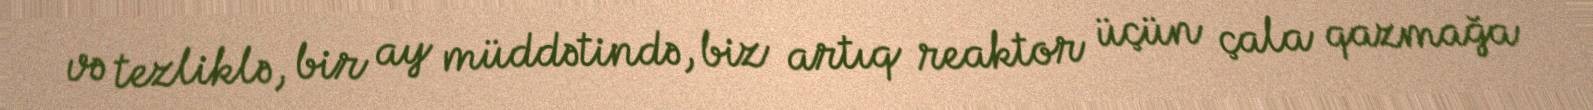
və tezliklə, bir ay müddətində, biz artıq reaktor üçün çala qazmağa